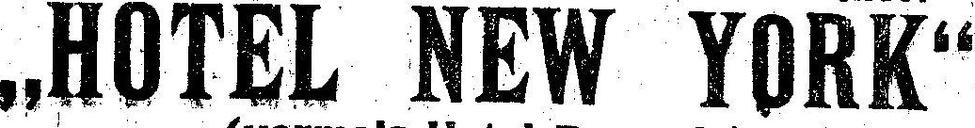
„HOTEL NEW YORK“